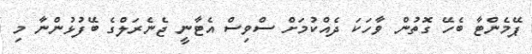
ޕޭމެންޓާ ބެހޭ ގޮތުން ވާހަކަ ދެއްކުމަށް ސްވިސް އެޓާނީ ޖެނެރަލްގެ ބޭފުޅުންނާ މި